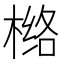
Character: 𰘅